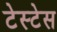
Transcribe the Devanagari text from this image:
टेस्टेस